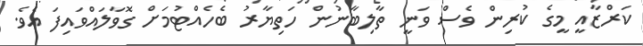
ކަރްޒާއީ މީގެ ކުރިން ވެސް ވަނީ ތާލިބާނުން ހަތިޔާރު ބެހެއްޓުމަށް ގޮވާލައްވައިފަ އެވެ.